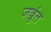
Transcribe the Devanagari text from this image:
जव्लंत